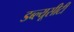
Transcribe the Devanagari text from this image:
डब्ल्यूसीटी